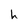
Character: h